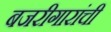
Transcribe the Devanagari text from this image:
बजरीगारांची